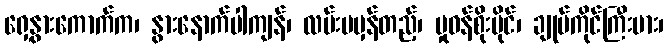
ရှေ့နွားကောက်က၊ နွားနောက်ပါကျန်၊ လမ်းမမှန်တည့်၊ မှုဝန်စိုးပိုင်၊ ချုပ်ကိုင်ကြီးမား၊